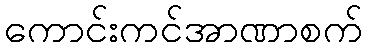
ကောင်းကင်အာဏာစက်